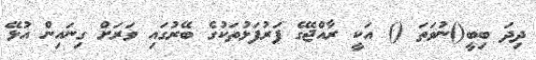
ދިދަ ބިބީ()ނުވަތަ () އަކީ ރާއްޖޭގެ ފަރުފަޅުތަކުގެ ބޭރުގައި ވަރަށް ގިނައިން އުޅޭ